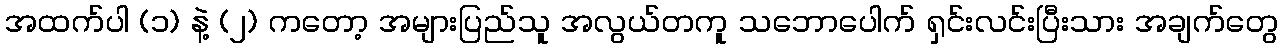
အထက်ပါ (၁) နဲ့ (၂) ကတော့ အများပြည်သူ အလွယ်တကူ သဘောပေါက် ရှင်းလင်းပြီးသား အချက်တွေ